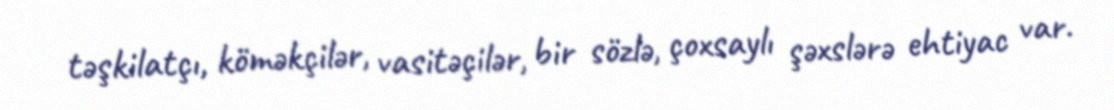
təşkilatçı, köməkçilər, vasitəçilər, bir sözlə, çoxsaylı şəxslərə ehtiyac var.